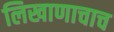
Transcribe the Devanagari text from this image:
लिखाणाचाच